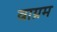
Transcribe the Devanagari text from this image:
वाग्रम